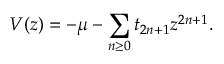
V ( z ) = - \mu - \sum _ { n \ge 0 } t _ { 2 n + 1 } z ^ { 2 n + 1 } .